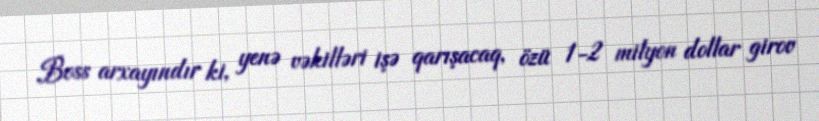
Boss arxayındır ki, yenə vəkilləri işə qarışacaq, özü 1-2 milyon dollar girov